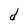
Character: d